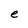
Character: e